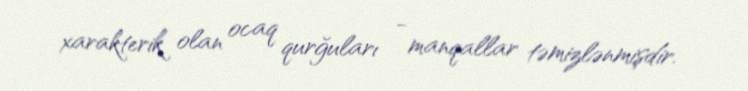
xarakterik olan ocaq qurğuları - manqallar təmizlənmişdir.